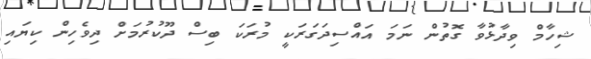
ޝިހާމް ވިދާޅުވާ ގޮތުން ނަމަ އައްސިދަގަރަކީ މުރަކަ ބިސް ދޫކުރުމަށް ދިވެހިން ކިޔައި